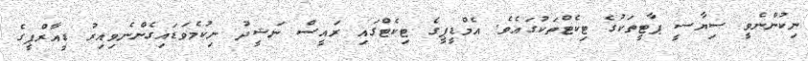
ނިކުންނެވީ ސިޔާސީ ޕާޓީތަކުގެ ޓިކެޓްތަކުގައެވެ. އެމްޑީޕީގެ ޓިކެޓްގައި ރައީސް ނަޝީދު ނިކުމެވަޑައިގެންނެވިއިރު ޑީއާރްޕީގެ